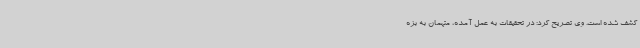
کشف شده است. وی تصریح کرد: در تحقیقات به عمل آمده، متهمان به بزه